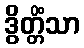
ဒွိတ္တိံသာ